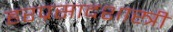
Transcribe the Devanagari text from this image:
हरप्रसादशास्त्री